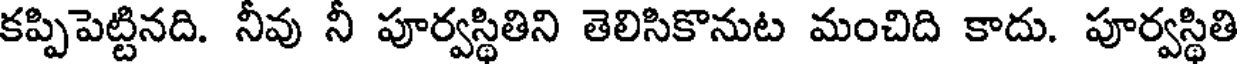
కప్పిపెట్టినది. నీవు నీ పూర్వస్థితిని తెలిసికొనుట మంచిది కాదు. పూర్వస్థితి